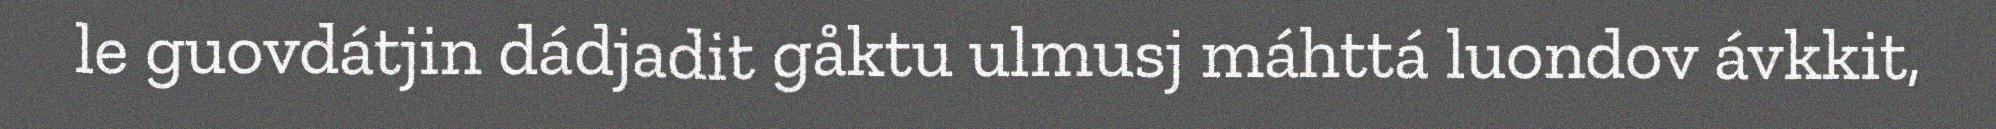
le guovdátjin dádjadit gåktu ulmusj máhttá luondov ávkkit,